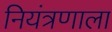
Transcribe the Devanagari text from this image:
नियंत्रणाला